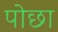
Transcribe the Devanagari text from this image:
पोछा